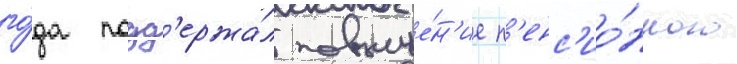
го́да подд'ержа́л повыше́н'ие п'енс'ио́нного